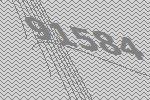
91584